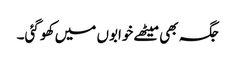
جگہ بھی میٹھے خوابوں میں کھو گئی۔